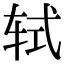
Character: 轼